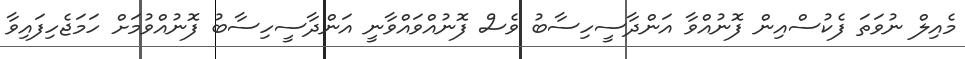
މެއިލް ނުވަތަ ފެކުސްއިން ފޮނުއްވާ އަންދާސީހިސާބު ވެސް ފޮނުއްވައްވާނީ އަންދާސީހިސާބު ފޮނުއްވުމަށް ހަމަޖެހިފައިވާ